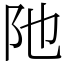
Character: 阤